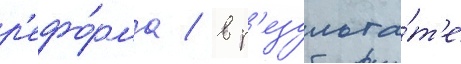
р'ефо́рма / в р'езульта́т'е